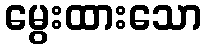
မွေးထားသော